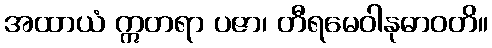
အထာယံ ဣတရာ ပဇာ၊ တီရမေဝါနုဓာဝတိ။